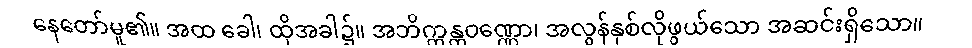
နေတော်မူ၏။ အထ ခေါ၊ ထိုအခါ၌။ အဘိက္ကန္တဝဏ္ဏော၊ အလွန်နှစ်လိုဖွယ်သော အဆင်းရှိသော။